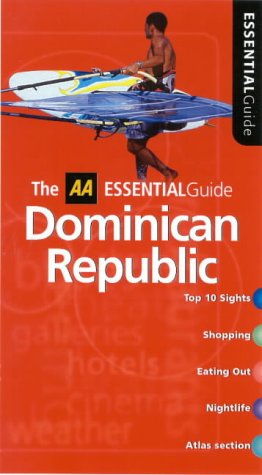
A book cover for Essential Dominican Republic (AA Essential); Lee Karen Stow; Travel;